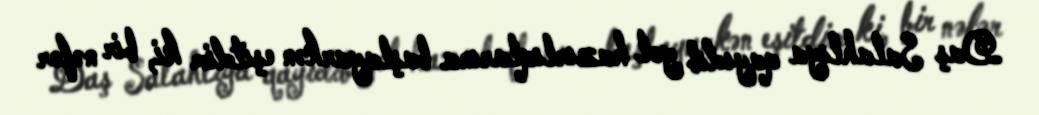
Daş Salahlıya qayıdıb yol hazırlıqlarına başlayarkən eşitdim ki, bir nəfər